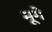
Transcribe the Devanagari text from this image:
मूगे